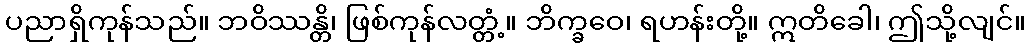
ပညာရှိကုန်သည်။ ဘဝိဿန္တိ၊ ဖြစ်ကုန်လတ္တံ့။ ဘိက္ခဝေ၊ ရဟန်းတို့။ ဣတိခေါ၊ ဤသို့လျင်။